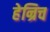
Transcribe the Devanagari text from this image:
हेन्रिच